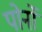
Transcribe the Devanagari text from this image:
पोर्नो